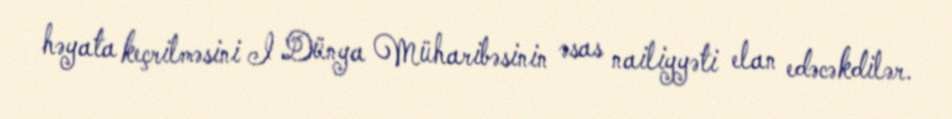
həyata keçrilməsini I Dünya Müharibəsinin əsas nailiyyəti elan edəcəkdilər.